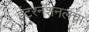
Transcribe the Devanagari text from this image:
इंटरनॅशनलचा